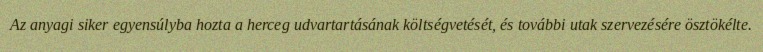
Az anyagi siker egyensúlyba hozta a herceg udvartartásának költségvetését, és további utak szervezésére ösztökélte.